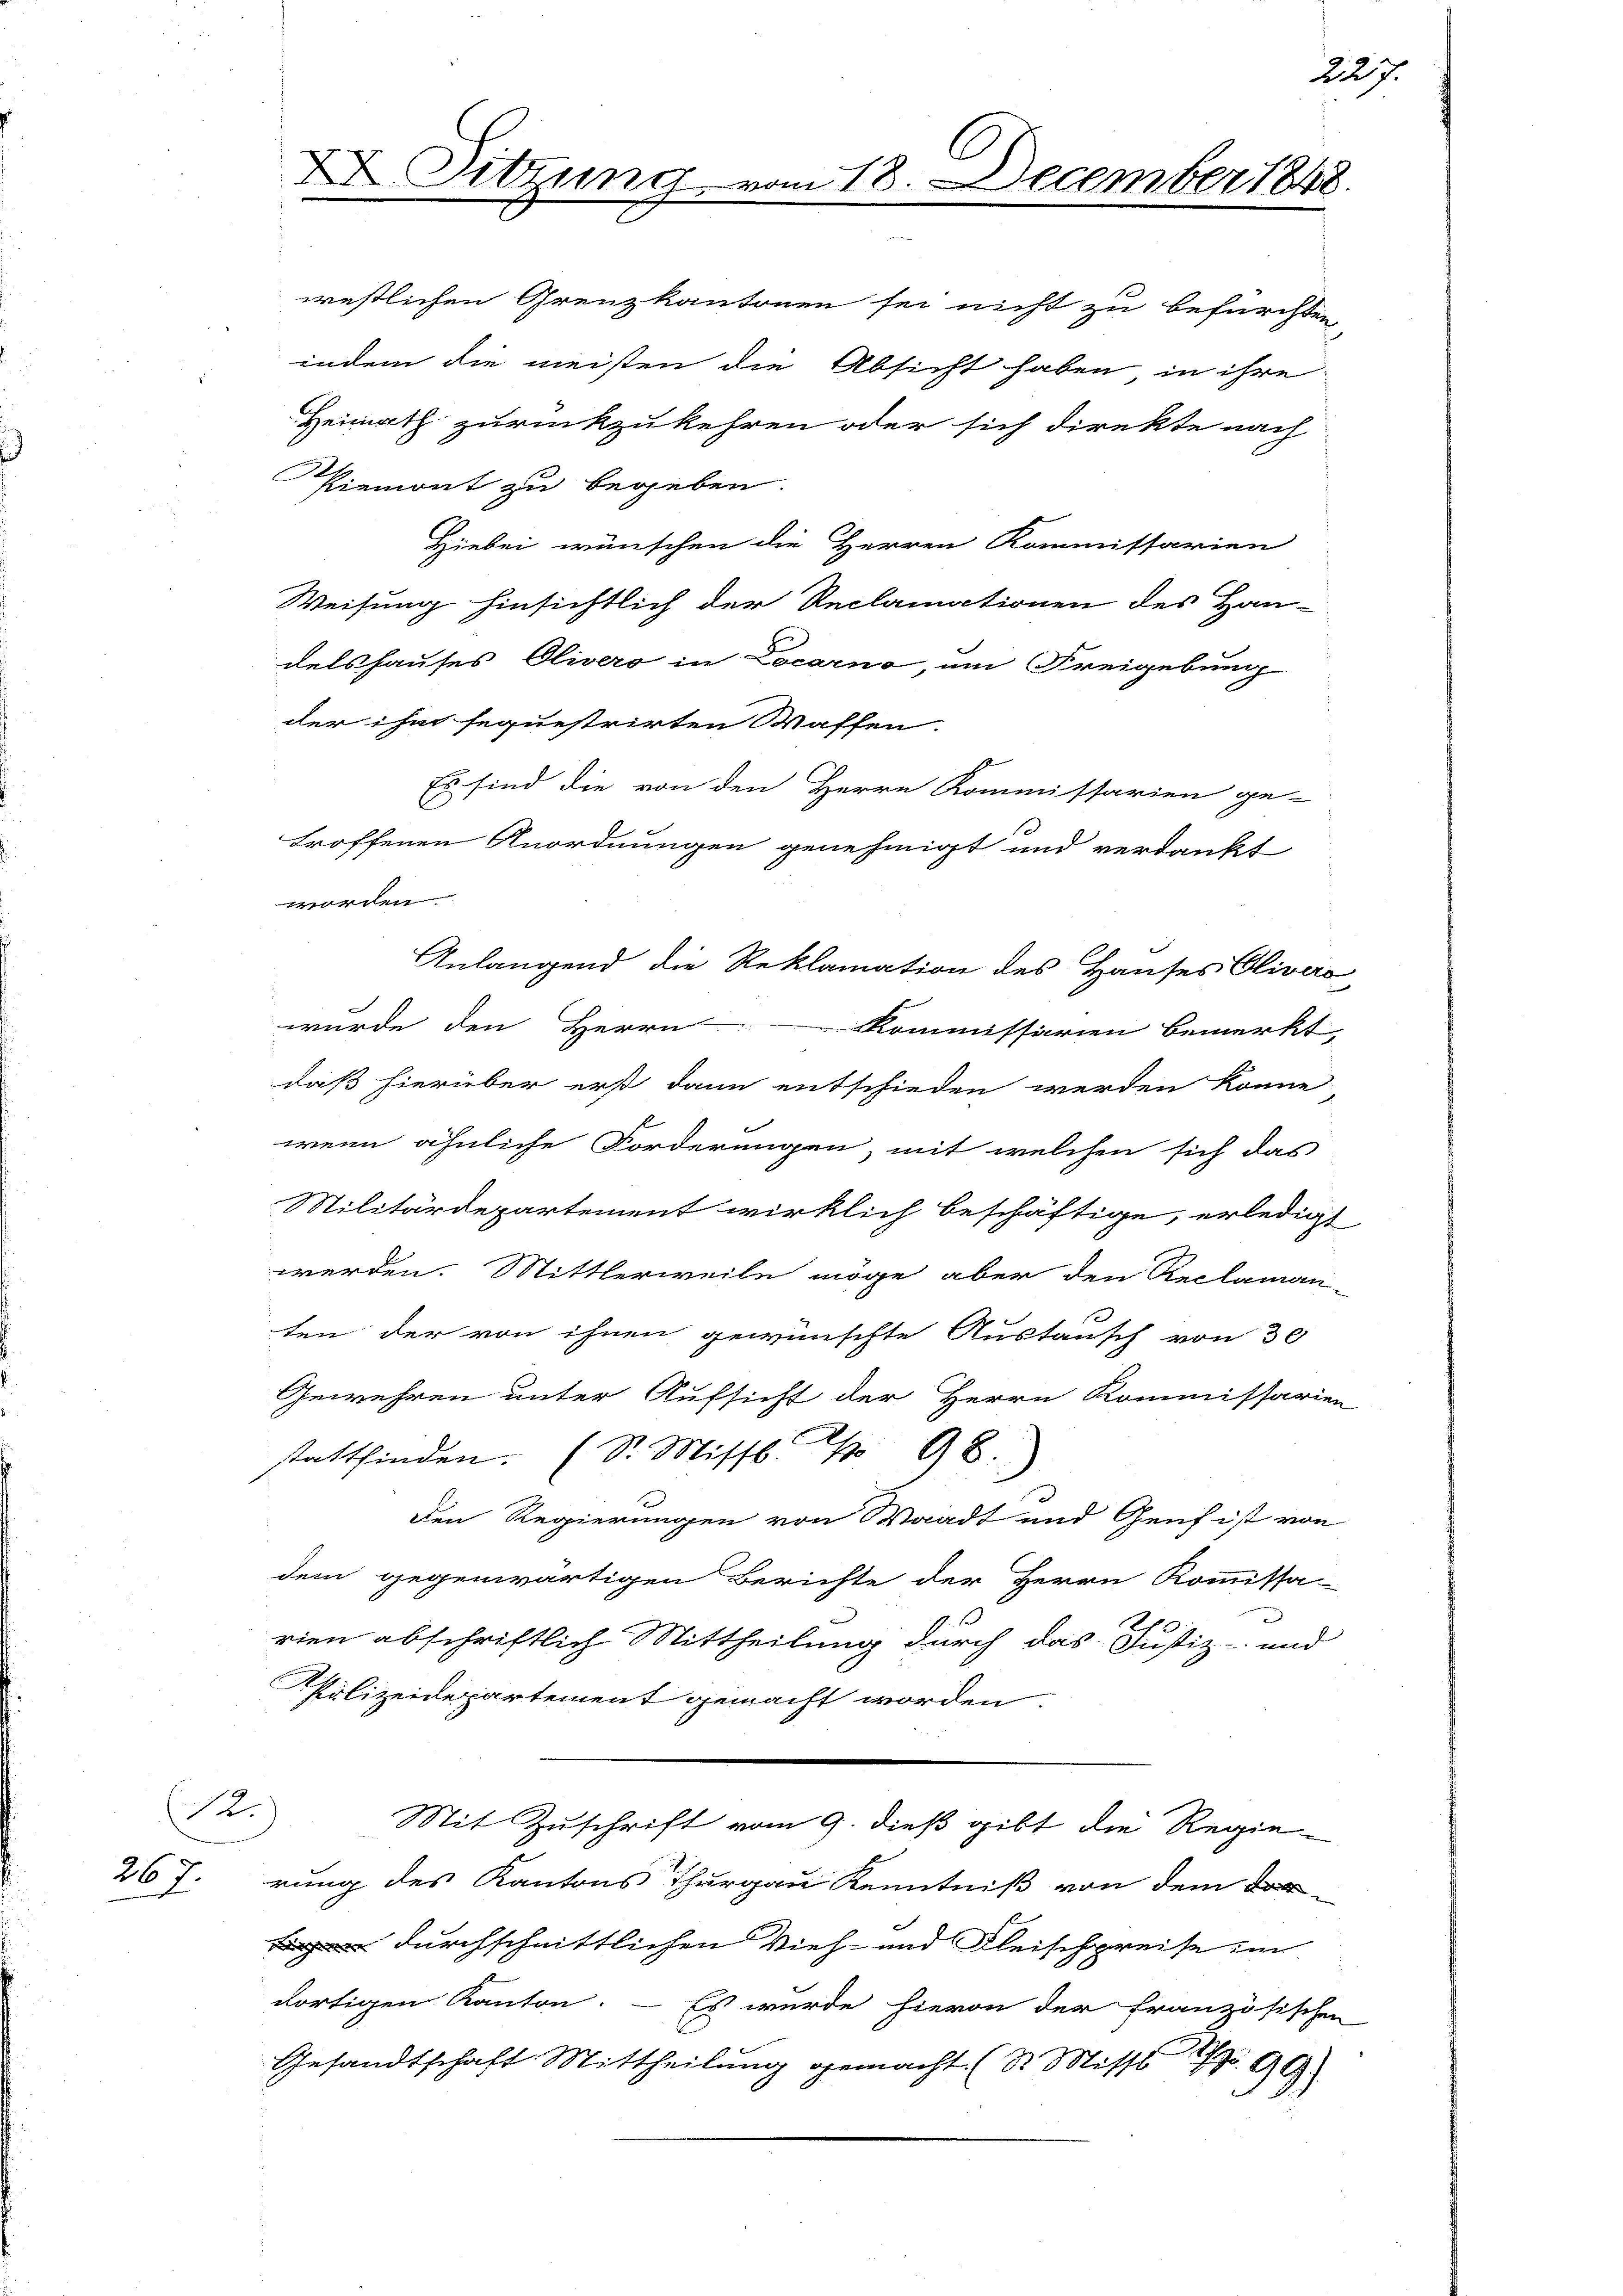
R.

267.

westlichen Grenzkantonen sei nicht zu befürchten,
indem die meisten die Absicht haben in ihre
Heimath zurückzukehren oder sich direkte nach
9
Piemont zu begeben.
Hiebei wünschen die Herren Kommissarien
Weisung hinsichtlich der Reclamationen des Han-
delshauses Olivero in Locarno, um (Freigebung
der ihm sequestrirten Waffen.
Es sind die von den Herrn Kommissarien ge-
troffenen Anordnungen genehmigt und verdankt
worden
Inlangend die Reklamation des Hauses Cliver
wurde den Herrn Kommissarien bemerkt
daß hierüber erst dann entschieden werden könne
wenn ähnliche Forderungen, mit welchen sich das
Militärdepartement wirklich beschäftige, erledig
werden. Mittlerweile möge aber den Reclamaten der von ihnen gewünschte Austausch von 30
Gewehren unter Aufsicht der Herrn Kommissari-
stattfinden. (S. Missl No 98
den Regierungen von Waadt und Genf ist von
dem gegenwärtigen Berichte der Herrn Kommissa-
.
rien abschriftlich Mittheilung durch das Justiz- und
Polizeidepartement gemacht worden.
Mit Zuschrift vom 9. dieß gibt die Regie
rung des Kantons Thurgau Kenntniß von dem
durchschnittlichen Vieh- und Fleischpreise in
dortigen Kanton. — Es wurde hievon der französische
Gesandtschaft Mittheilung gemacht (St. Misse 90

X Sitzun

218. December 1848.

227.

2
x

2

i

.

|